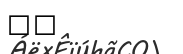
٢٩